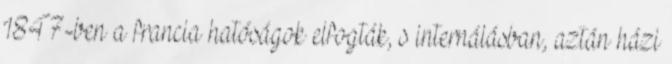
1847-ben a francia hatóságok elfogták, s internálásban, aztán házi